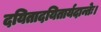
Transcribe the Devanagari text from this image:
दयितादयितार्यदान्तेः।